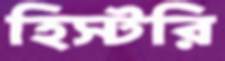
হিস্টরি